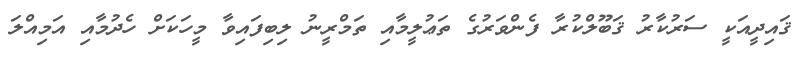
ޤައިދީއަކީ ސަރުކާރު ޤަބޫލްކުރާ ފެންވަރުގެ ތަޢުލީމާއި ތަމްރީނު ލިބިފައިވާ މީހަކަށް ހެދުމާއި އަމިއްލަ